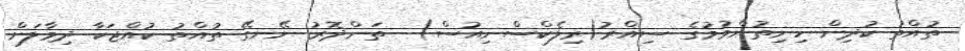
ތުއްތު ކުދިން ހިނިތުންވުމުގެ ސިއްރު(ރިލެކްސްނިއުސް)  ތަންދޮރު ނޭނގޭ ތުއްތު ކުއްޖަކާ ދިމާލަށް